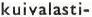
kuivalasti-